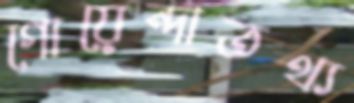
গোয়েন্দাতথ্য